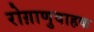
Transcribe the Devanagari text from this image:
रोग़ाणुवाहक